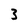
Character: 3